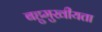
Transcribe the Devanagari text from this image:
बहुमुखीयता